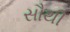
સૌથી